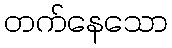
တက်နေသော